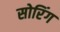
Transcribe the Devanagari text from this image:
सोरिंग